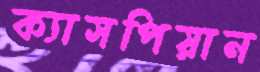
ক্যাসপিয়ান